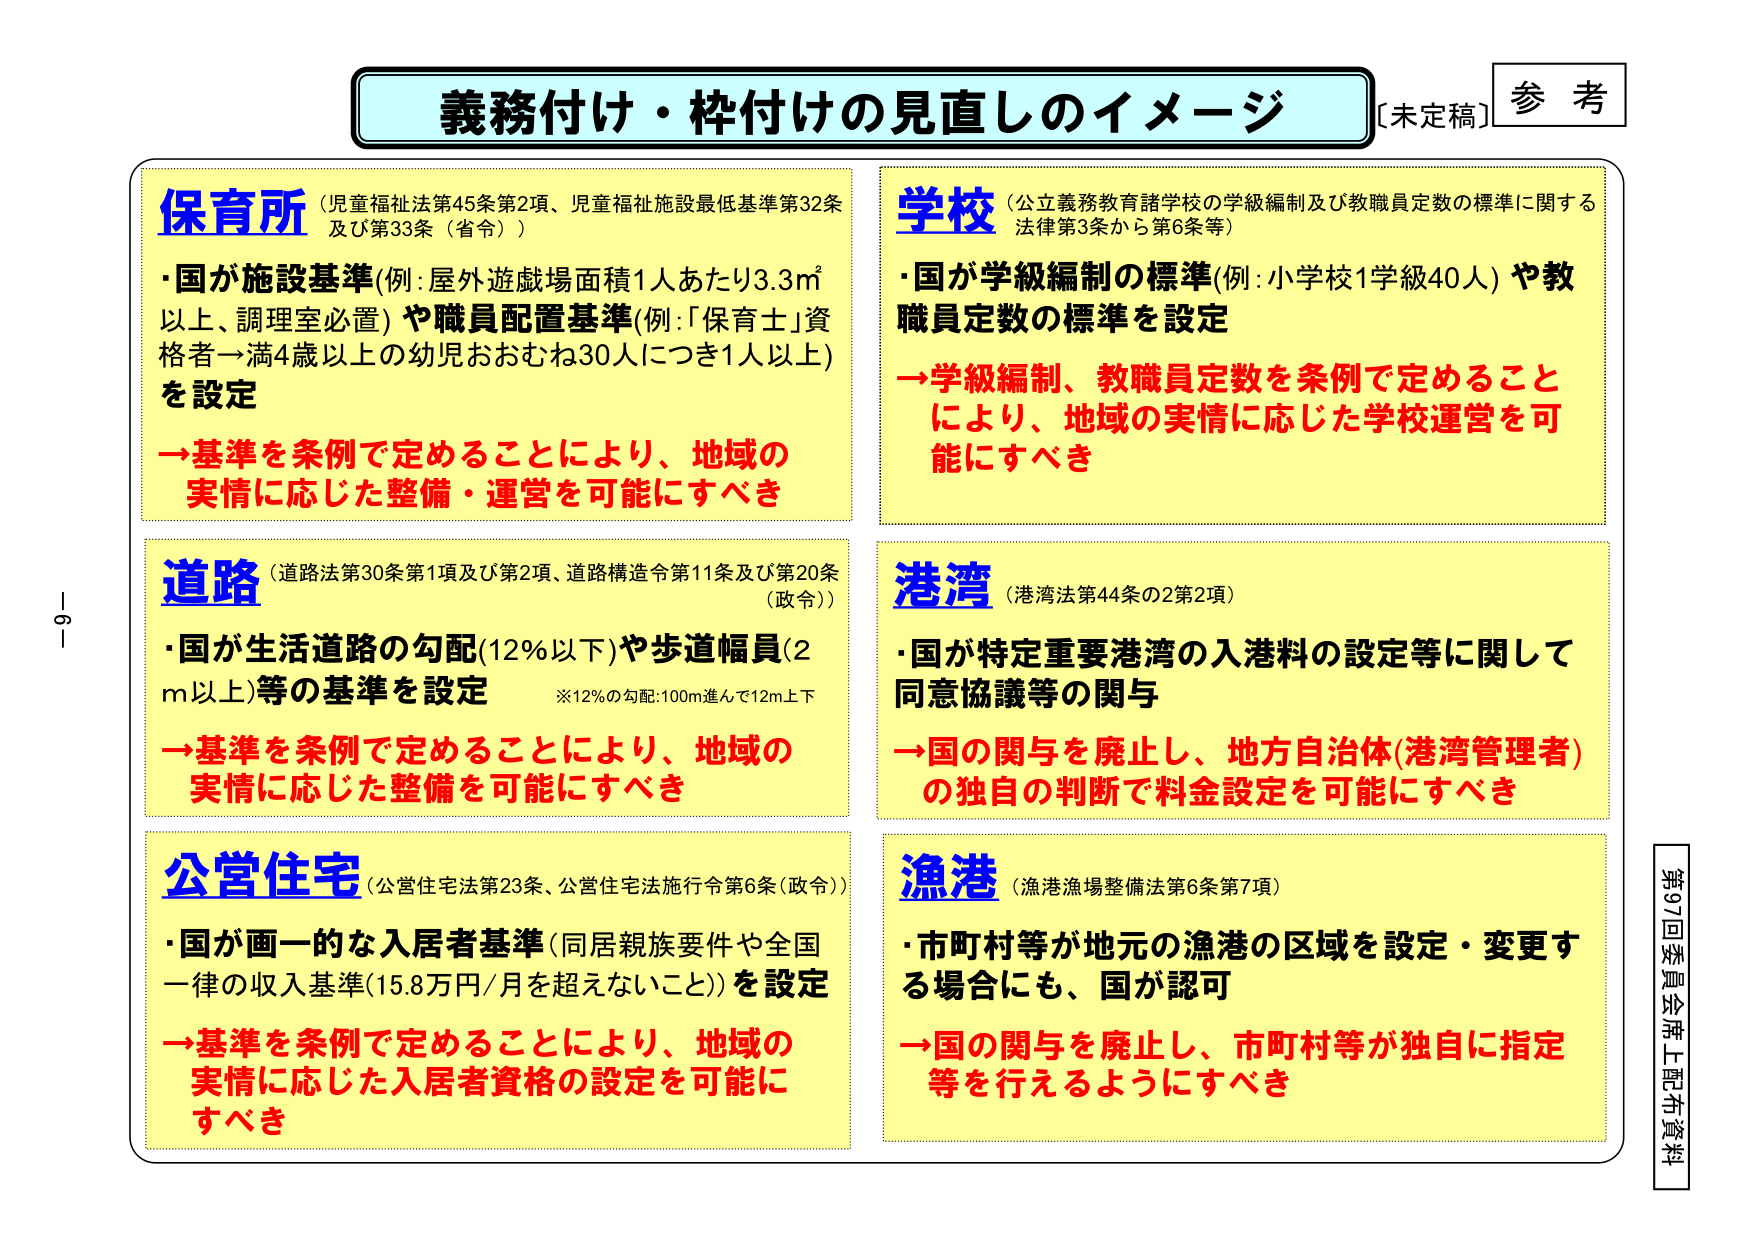
義務付け・枠付けの見直しのイメージ
[未定稿] 参考

保育所（児童福祉法第45条第2項、児童福祉施設最低基準第32条及び第33条（省令））
・国が施設基準（例：屋外遊戯場面積1人あたり3.3㎡以上、調理室必置）や職員配置基準（例：「保育士」資格者→満4歳以上の幼児おおむね30人につき1人以上）を設定
→基準を条例で定めることにより、地域の実情に応じた整備・運営を可能にすべき

学校（公立義務教育諸学校の学級編制及び教職員定数の標準に関する法律第3条から第6条等）
・国が学級編制の標準（例：小学校1学級40人）や教職員定数の標準を設定
→学級編制、教職員定数を条例で定めることにより、地域の実情に応じた学校運営を可能にすべき

道路（道路法第30条第1項及び第2項、道路構造令第11条及び第20条（政令））
・国が生活道路の勾配（12％以下）や歩道幅員（2m以上）等の基準を設定
※12％の勾配：100m進んで12m上下
→基準を条例で定めることにより、地域の実情に応じた整備を可能にすべき

港湾（港湾法第44条の2第2項）
・国が特定重要港湾の入港料の設定等に関して同意協議等の関与
→国の関与を廃止し、地方自治体（港湾管理者）の独自の判断で料金設定を可能にすべき

公営住宅（公営住宅法第23条、公営住宅法施行令第6条（政令））
・国が画一的な入居者基準（同居親族要件や全国一律の収入基準（15.8万円／月を超えないこと））を設定
→基準を条例で定めることにより、地域の実情に応じた入居者資格の設定を可能にすべき

漁港（漁港漁場整備法第6条第7項）
・市町村等が地元の漁港の区域を設定・変更する場合にも、国が認可
→国の関与を廃止し、市町村等が独自に指定等を行えるようにすべき

第97回委員会席上配布資料